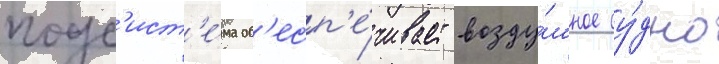
подс'ист'е́ма об'есп'е́чивает возду́шное су́дно